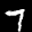
Label: 7